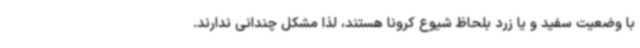
با وضعیت سفید و یا زرد بلحاظ شیوع کرونا هستند، لذا مشکل چندانی ندارند.